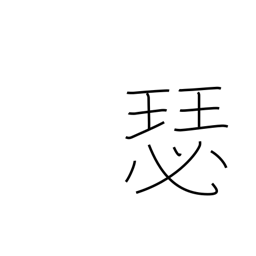
Meaning: large koto